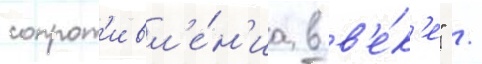
сопрот'ивл'е́н'иа в в'е́к'е" /